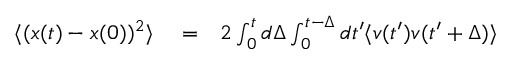
\begin{array} { r l r } { \langle ( x ( t ) - x ( 0 ) ) ^ { 2 } \rangle } & { { } = } & { 2 \int _ { 0 } ^ { t } d \Delta \int _ { 0 } ^ { t - \Delta } d t ^ { \prime } \langle v ( t ^ { \prime } ) v ( t ^ { \prime } + \Delta ) \rangle } \end{array}